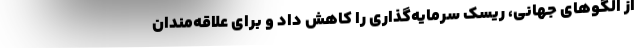
از الگوهای جهانی، ریسک سرمایه‌گذاری را کاهش داد و برای علاقه‌مندان